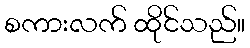
စကားလက် ထိုင်သည်။